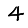
Digit: 4